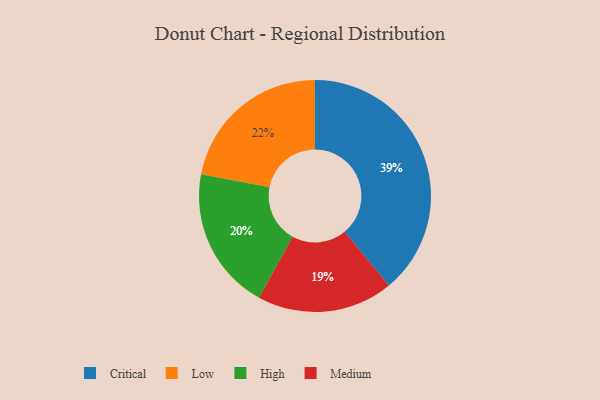
{"axis": {"x": "Category", "y": "Percentage"}, "legend": ["Critical", "High", "Low", "Medium"], "data": [{"x": "Low", "y": 22, "type": "Low"}, {"x": "Critical", "y": 39, "type": "Critical"}, {"x": "Medium", "y": 19, "type": "Medium"}, {"x": "High", "y": 20, "type": "High"}]}